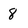
Character: 8